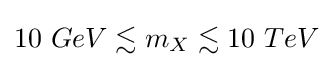
10\ GeV\lesssim m_{X}\lesssim 10\ TeV